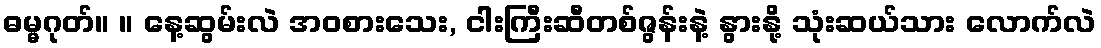
ဓမ္မဂုတ်။ ။ နေ့ဆွမ်းလဲ အဝစားသေး, ငါးကြီးဆီတစ်ဇွန်းနဲ့ နွားနို့ သုံးဆယ်သား လောက်လဲ